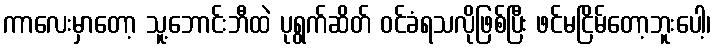
ကာလေးမှာတော့ သူ့ဘောင်းဘီထဲ ပုရွက်ဆိတ် ဝင်ခံရသလိုဖြစ်ပြီး ဖင်မငြိမ်တော့ဘူးပေါ့၊